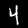
Digit: 4